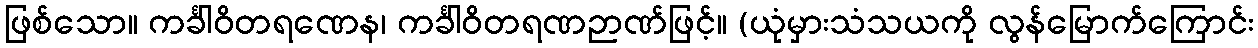
ဖြစ်သော။ ကင်္ခါဝိတရဏေန၊ ကင်္ခါဝိတရဏဉာဏ်ဖြင့်။ (ယုံမှားသံသယကို လွန်မြောက်ကြောင်း